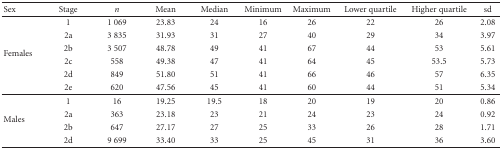
<table><thead><tr><td><b> Sex</b></td><td><b>Stage</b></td><td><b><i>n</i></b></td><td><b>Mean</b></td><td><b>Median</b></td><td><b>Minimum</b></td><td><b>Maximum</b></td><td><b>Lower quartile</b></td><td><b>Higher quartile</b></td><td><b>sd</b></td></tr></thead><tbody><tr><td rowspan="6">Females</td><td>1</td><td>1 069</td><td>23.83</td><td>24</td><td>16</td><td>26</td><td>22</td><td>26</td><td>2.08</td></tr><tr><td>2a</td><td>3 835</td><td>31.93</td><td>31</td><td>27</td><td>40</td><td>29</td><td>34</td><td>3.97</td></tr><tr><td>2b</td><td>3 507</td><td>48.78</td><td>49</td><td>41</td><td>67</td><td>44</td><td>53</td><td>5.61</td></tr><tr><td>2c</td><td>558</td><td>49.38</td><td>47</td><td>41</td><td>64</td><td>45</td><td>53.5</td><td>5.73</td></tr><tr><td>2d</td><td>849</td><td>51.80</td><td>51</td><td>41</td><td>66</td><td>46</td><td>57</td><td>6.35</td></tr><tr><td>2e</td><td>620</td><td>47.56</td><td>45</td><td>41</td><td>60</td><td>44</td><td>51</td><td>5.34</td></tr><tr><td rowspan="4">Males</td><td>1</td><td>16</td><td>19.25</td><td>19.5</td><td>18</td><td>20</td><td>19</td><td>20</td><td>0.86</td></tr><tr><td>2a</td><td>363</td><td>23.18</td><td>23</td><td>21</td><td>24</td><td>23</td><td>24</td><td>0.92</td></tr><tr><td>2b</td><td>647</td><td>27.17</td><td>27</td><td>25</td><td>33</td><td>26</td><td>28</td><td>1.71</td></tr><tr><td>2d</td><td>9 699</td><td>33.40</td><td>33</td><td>25</td><td>45</td><td>31</td><td>36</td><td>3.60</td></tr></tbody></table>